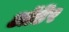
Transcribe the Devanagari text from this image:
ऑर्डेर